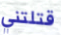
قتلتني